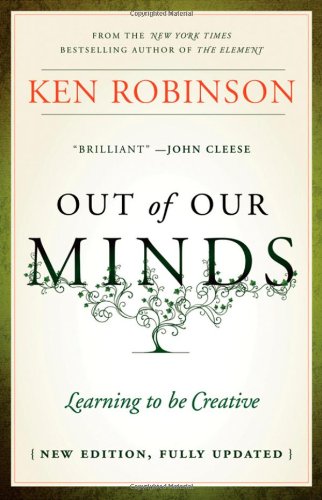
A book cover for Out of Our Minds: Learning to be Creative; Ken Robinson; Self-Help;